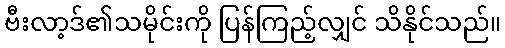
ဗီးလာ့ဒ်၏သမိုင်းကို ပြန်ကြည့်လျှင် သိနိုင်သည်။